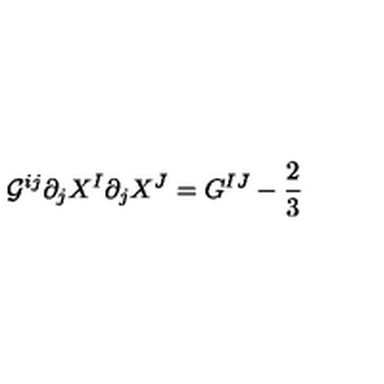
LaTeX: { \cal G } ^ { i j } \partial _ { j } X ^ { I } \partial _ { j } X ^ { J } = G ^ { I J } - { \frac { 2 } { 3 } }